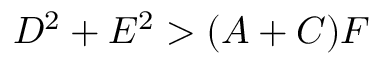
D ^ { 2 } + E ^ { 2 } > ( A + C ) F